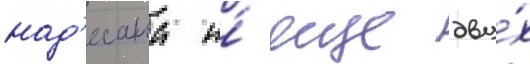
над'есана и́ еще дву́х